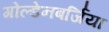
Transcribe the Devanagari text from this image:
गोल्डेनबर्जिया